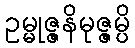
ဥမ္မုဇ္ဇနိမုဇ္ဇမ္ပိ